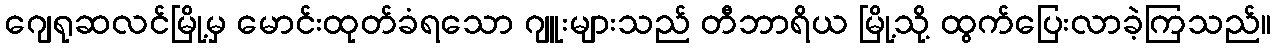
ဂျေရုဆလင်မြို့မှ မောင်းထုတ်ခံရသော ဂျူးများသည် တီဘာရိယ မြို့သို့ ထွက်ပြေးလာခဲ့ကြသည်။